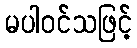
မပါဝင်သဖြင့်